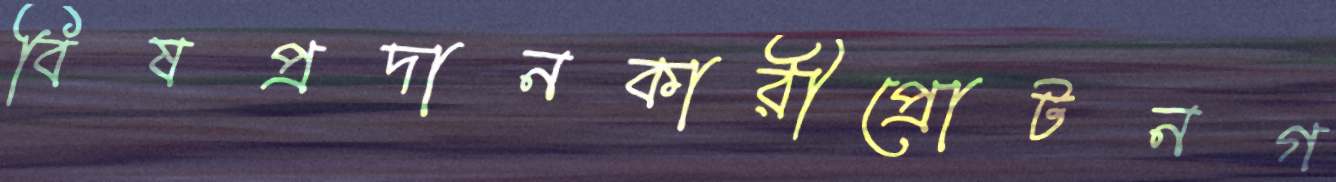
বিষপ্রদানকারীপ্রোটনগ